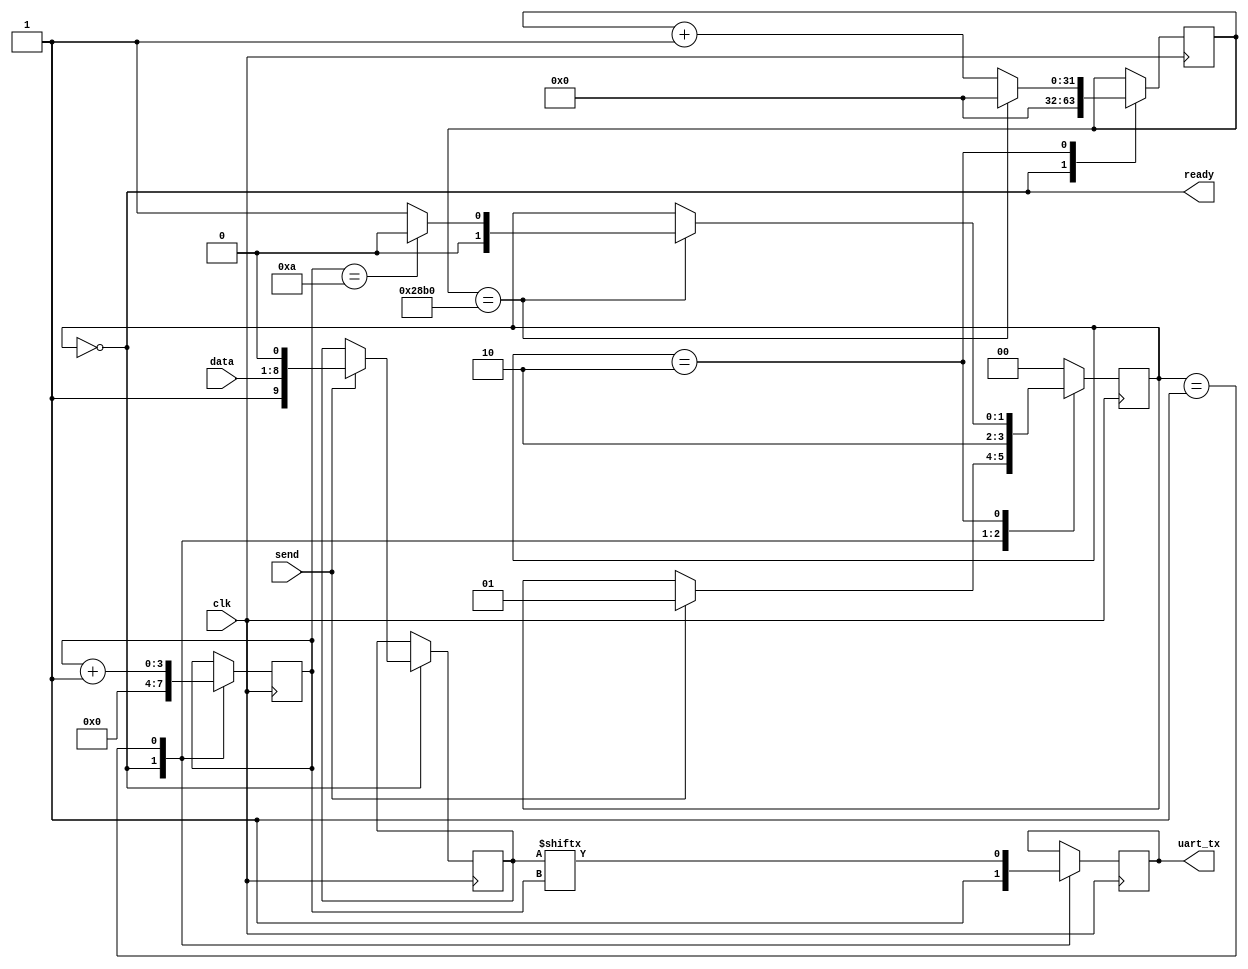
`timescale 1ns / 1ps
//////////////////////////////////////////////////////////////////////////////////
// Company: 
// Engineer: 
// 
// Design Name: 
// Module Name: uart_tx_ctrl
// Project Name: 
// Target Devices: 
// Tool Versions: 
// Description: 
// 
// Dependencies: 
// 
// Revision:
// Revision 0.01 - File Created
// Additional Comments:
// 
//////////////////////////////////////////////////////////////////////////////////


module uart_tx_ctrl(
    input send,
    input clk,
    input [7:0] data,
    output ready,
    output uart_tx
    );
    parameter baud = 9600; //baud rate
    parameter bit_index_max = 10; //number of bits being transmitted
    localparam [31:0] baud_timer = 100_000_000/baud; //number clk cycles for each bit transmission
    localparam RDY = 2'b00, LOAD_BIT = 2'b01, SEND_BIT = 2'b10;
    
    reg [1:0] state = RDY;
    reg [31:0] timer = 0;
    reg [9:0] txData;
    reg [3:0] bitIndex;
    reg txBit = 1'b1;
    
    always @ (posedge clk)
    
    case(state)
    RDY:
        begin
        if (send) //WAIT FOR TRANSMITT SIGNAL
        begin
        txData <= {1'b1, data, 1'b0}; //{stop bit,data,start bit}
        state <= LOAD_BIT;
        end
        timer <= 14'b0;
        bitIndex <= 0;
        txBit <= 1'b1;
        end
    LOAD_BIT:
        begin
        state <= SEND_BIT;
        txBit <= txData[bitIndex];
        bitIndex <= bitIndex + 1'b1;
        end
    SEND_BIT:
        if (timer == baud_timer) //bit has been transmitted
        begin
        timer <= 14'b0;
        if (bitIndex == bit_index_max) //all data has has been transmitted
        state <= RDY;
        else state <= LOAD_BIT;
        end
        else timer <= timer + 1'b1;
    default:
        state <= RDY;
    endcase
    
    assign uart_tx = txBit; //TRANSMITTED BIT
    assign ready = (state == RDY); //SIGNAL TO INDICATE THAT TRANMISSION IS OCCURING
endmodule